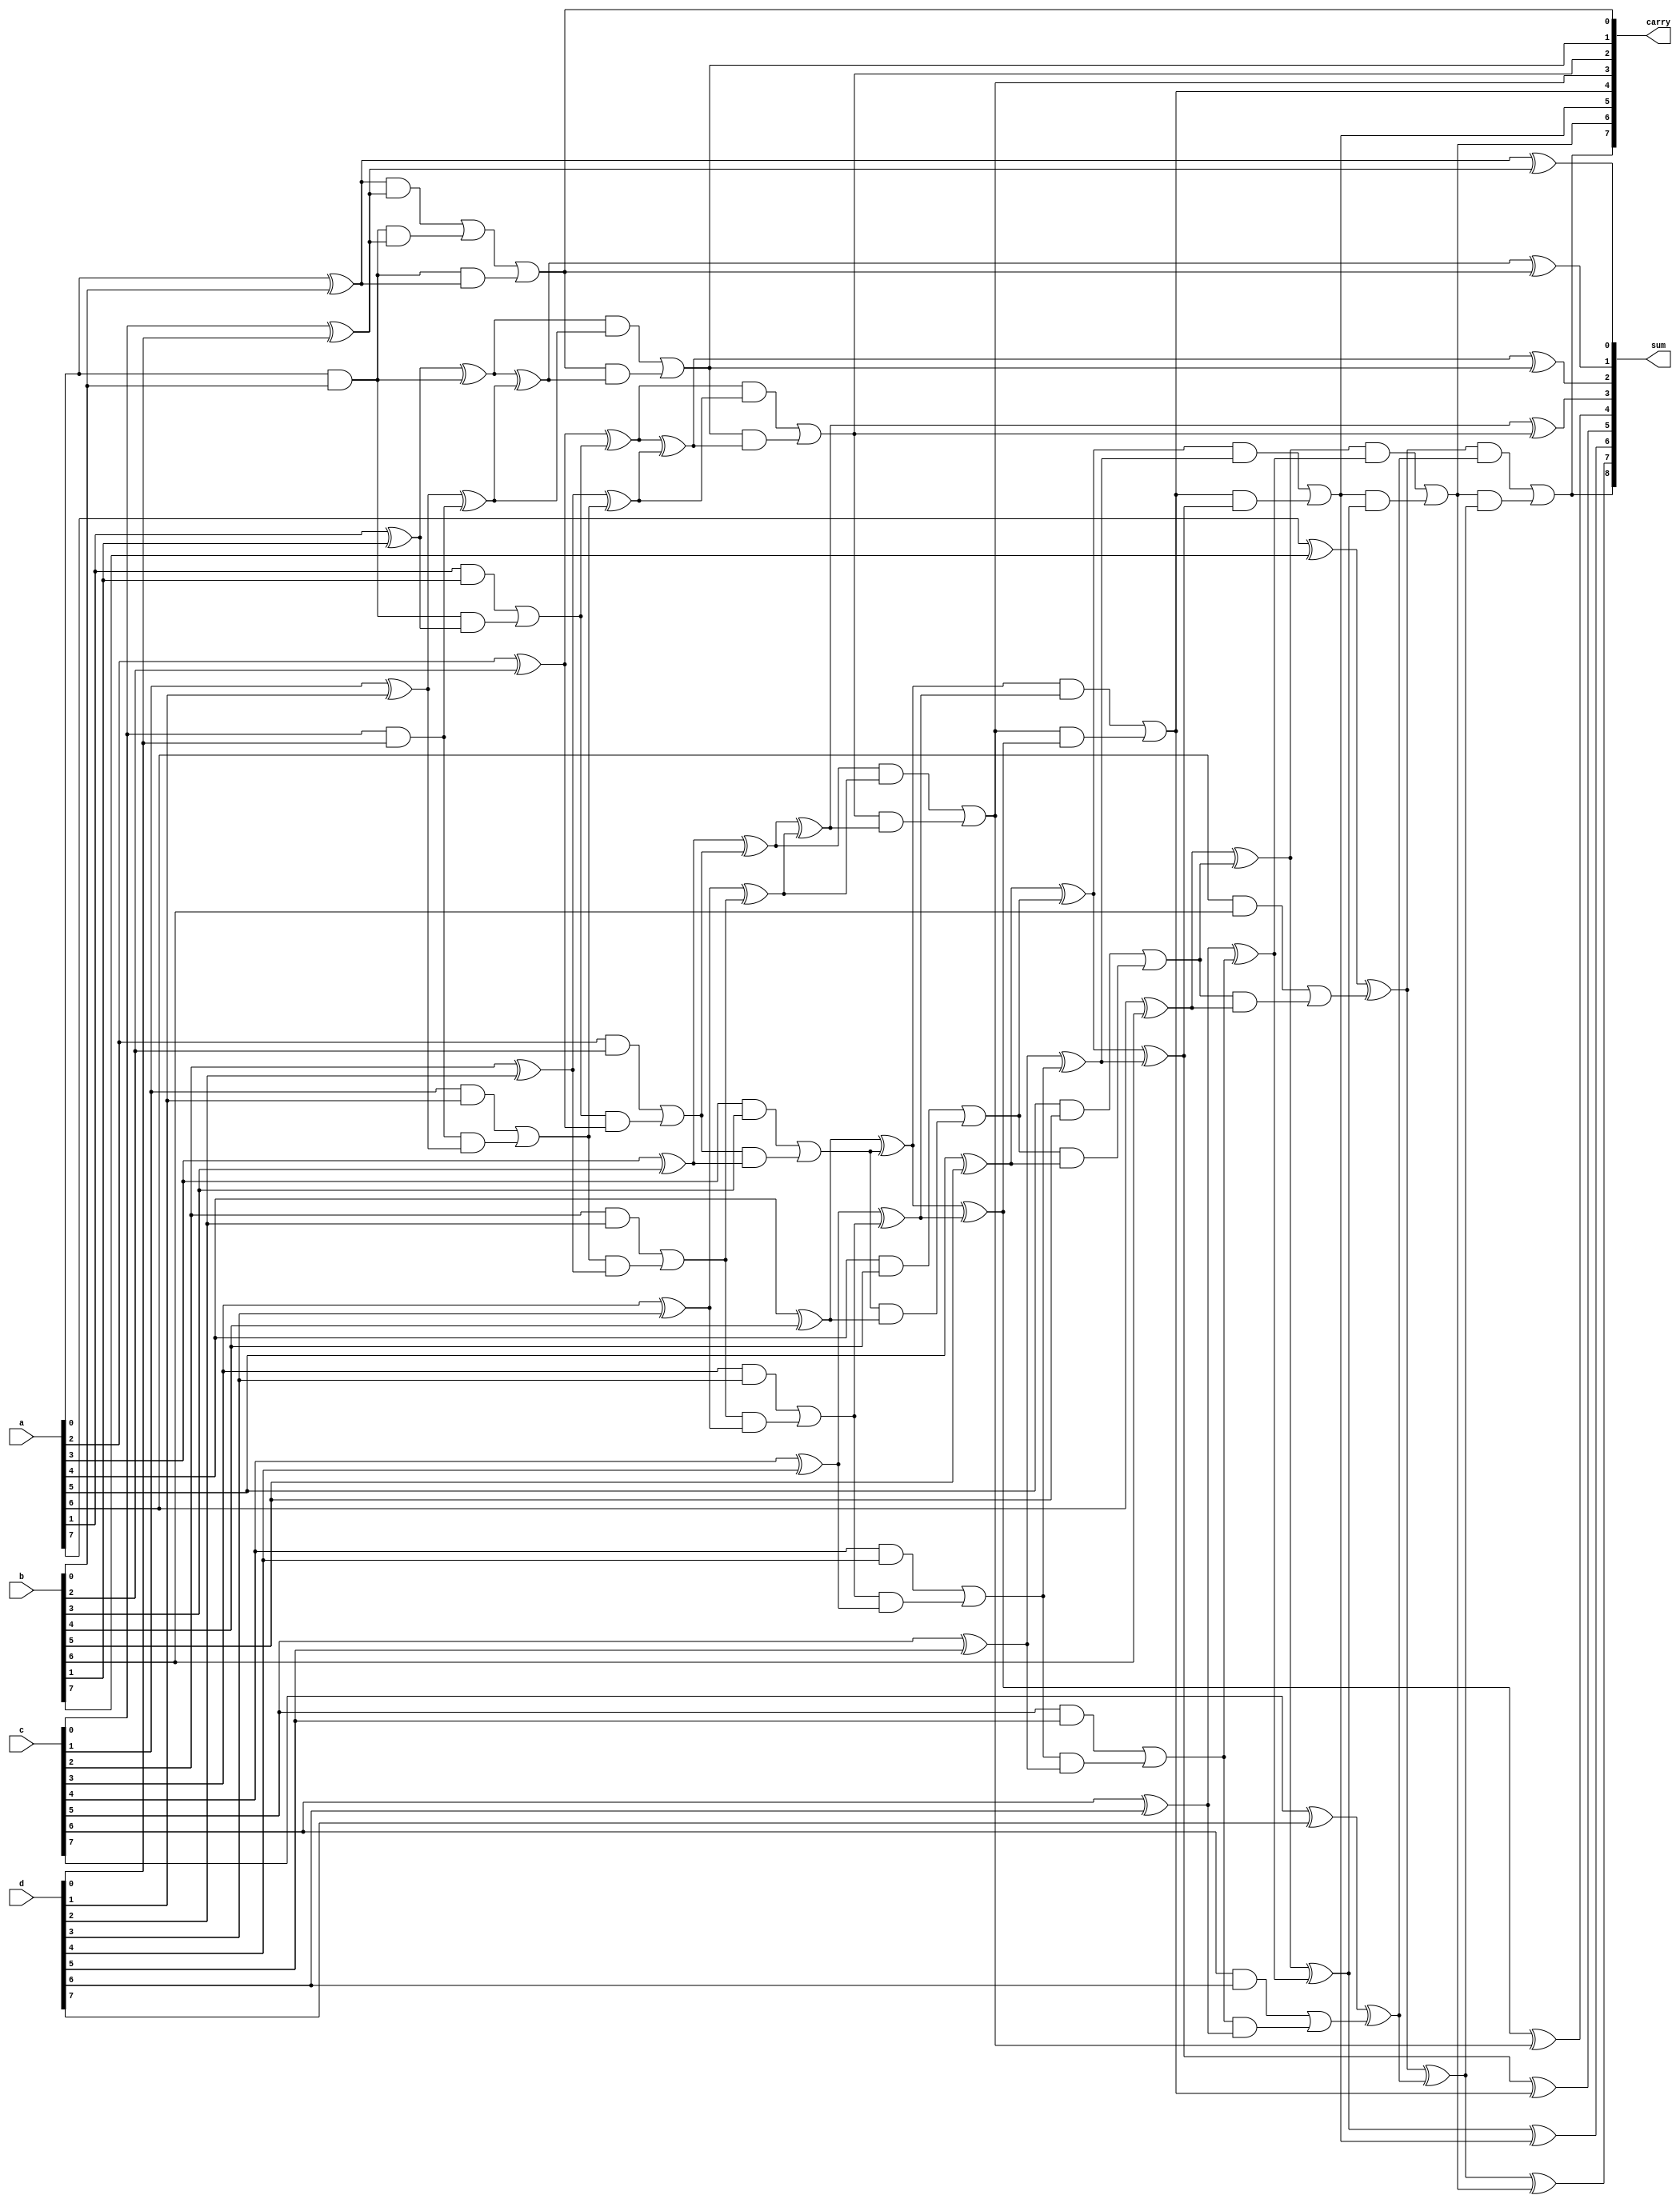
module CarrySaveAdder #(parameter N = 4, parameter M = 8) (
    input [M-1:0] a,  // First input
    input [M-1:0] b,  // Second input
    input [M-1:0] c,  // Third input
    input [M-1:0] d,  // Fourth input
    output [M:0] sum,  // Final sum output (M bits + carry)
    output [M-1:0] carry // Final carry output (M bits)
);

    // Intermediate sums and carries
    wire [M-1:0] sum1, sum2, sum3;
    wire [M-1:0] carry1, carry2, carry3;

    // Level 1: Half Adders and Full Adders
    genvar i;
    generate
        for (i = 0; i < M; i = i + 1) begin : HA_FA
            if (i == 0) begin
                // Half Adder for the first two inputs
                assign sum1[i] = a[i] ^ b[i];
                assign carry1[i] = a[i] & b[i];
            end else begin
                // Full Adder for the first two inputs
                assign sum1[i] = a[i] ^ b[i] ^ carry1[i-1];
                assign carry1[i] = (a[i] & b[i]) | (carry1[i-1] & (a[i] ^ b[i]));
            end
        end
    endgenerate

    // Level 2: Add the next two inputs (c and d) with the intermediate sums
    generate
        for (i = 0; i < M; i = i + 1) begin : HA_FA2
            if (i == 0) begin
                // Half Adder for the next two inputs
                assign sum2[i] = c[i] ^ d[i];
                assign carry2[i] = c[i] & d[i];
            end else begin
                // Full Adder for the next two inputs
                assign sum2[i] = c[i] ^ d[i] ^ carry2[i-1];
                assign carry2[i] = (c[i] & d[i]) | (carry2[i-1] & (c[i] ^ d[i]));
            end
        end
    endgenerate

    // Final stage: Combine all sums and carries
    generate
        for (i = 0; i < M; i = i + 1) begin : FINAL_SUM
            if (i == 0) begin
                // Final sum and carry
                assign sum[i] = sum1[i] ^ sum2[i];
                assign carry[i] = (sum1[i] & sum2[i]) | (carry1[i] & sum2[i]) | (carry1[i] & sum1[i]);
            end else begin
                // Final sum and carry
                assign sum[i] = sum1[i] ^ sum2[i] ^ carry[i-1];
                assign carry[i] = (sum1[i] & sum2[i]) | (carry[i-1] & (sum1[i] ^ sum2[i]));
            end
        end
    endgenerate

    // Final carry output
    assign sum[M] = carry[M-1];

endmodule